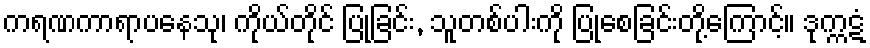
ကရဏကာရာပနေသု၊ ကိုယ်တိုင် ပြုခြင်း, သူတစ်ပါးကို ပြုစေခြင်းတို့ကြောင့်။ ဒုက္ကဋံ